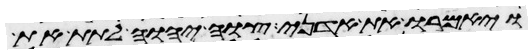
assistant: ויאמרו את אדני צוה יהוה לתת את